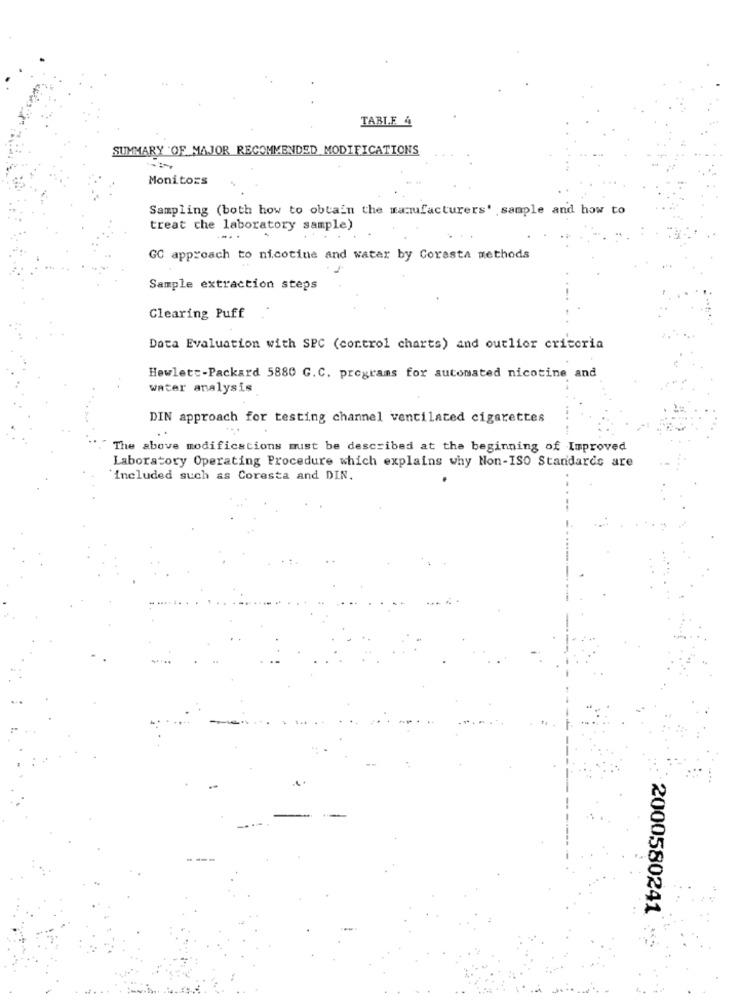
TABLE 4
SUMMARY OF MAJOR RECOMMENDED MODIFICATIONS
Monitors
Sampling (both how to obtain the manufacturers' ,sample and how to
treat che laboratory sample)
....
GC approach to nicotine and water by Coresta methods
Sample extraction steps
Clearing Puff
Data Evaluation with SPC (control charts) and outlior criteria
Hewlett-Packard 5880 G.C. programs for automated nicotine and
water analysis
DIN approach for testing channel ventilated cigarettes
...
The above modifications must be described at the beginning of Improved
Laboratory Operating Procedure which explains why Non-ISO Standards are
"included such as Coresta and DIN.
2000580241